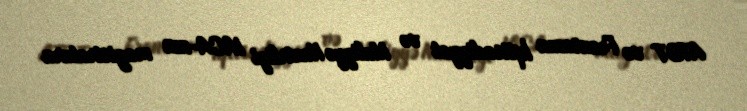
ATƏT və Fransanın İqtisadiyyat və Maliyyə Nazirliyi IACA-nın magistratura